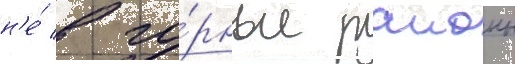
н'е́ в го́рные раионы